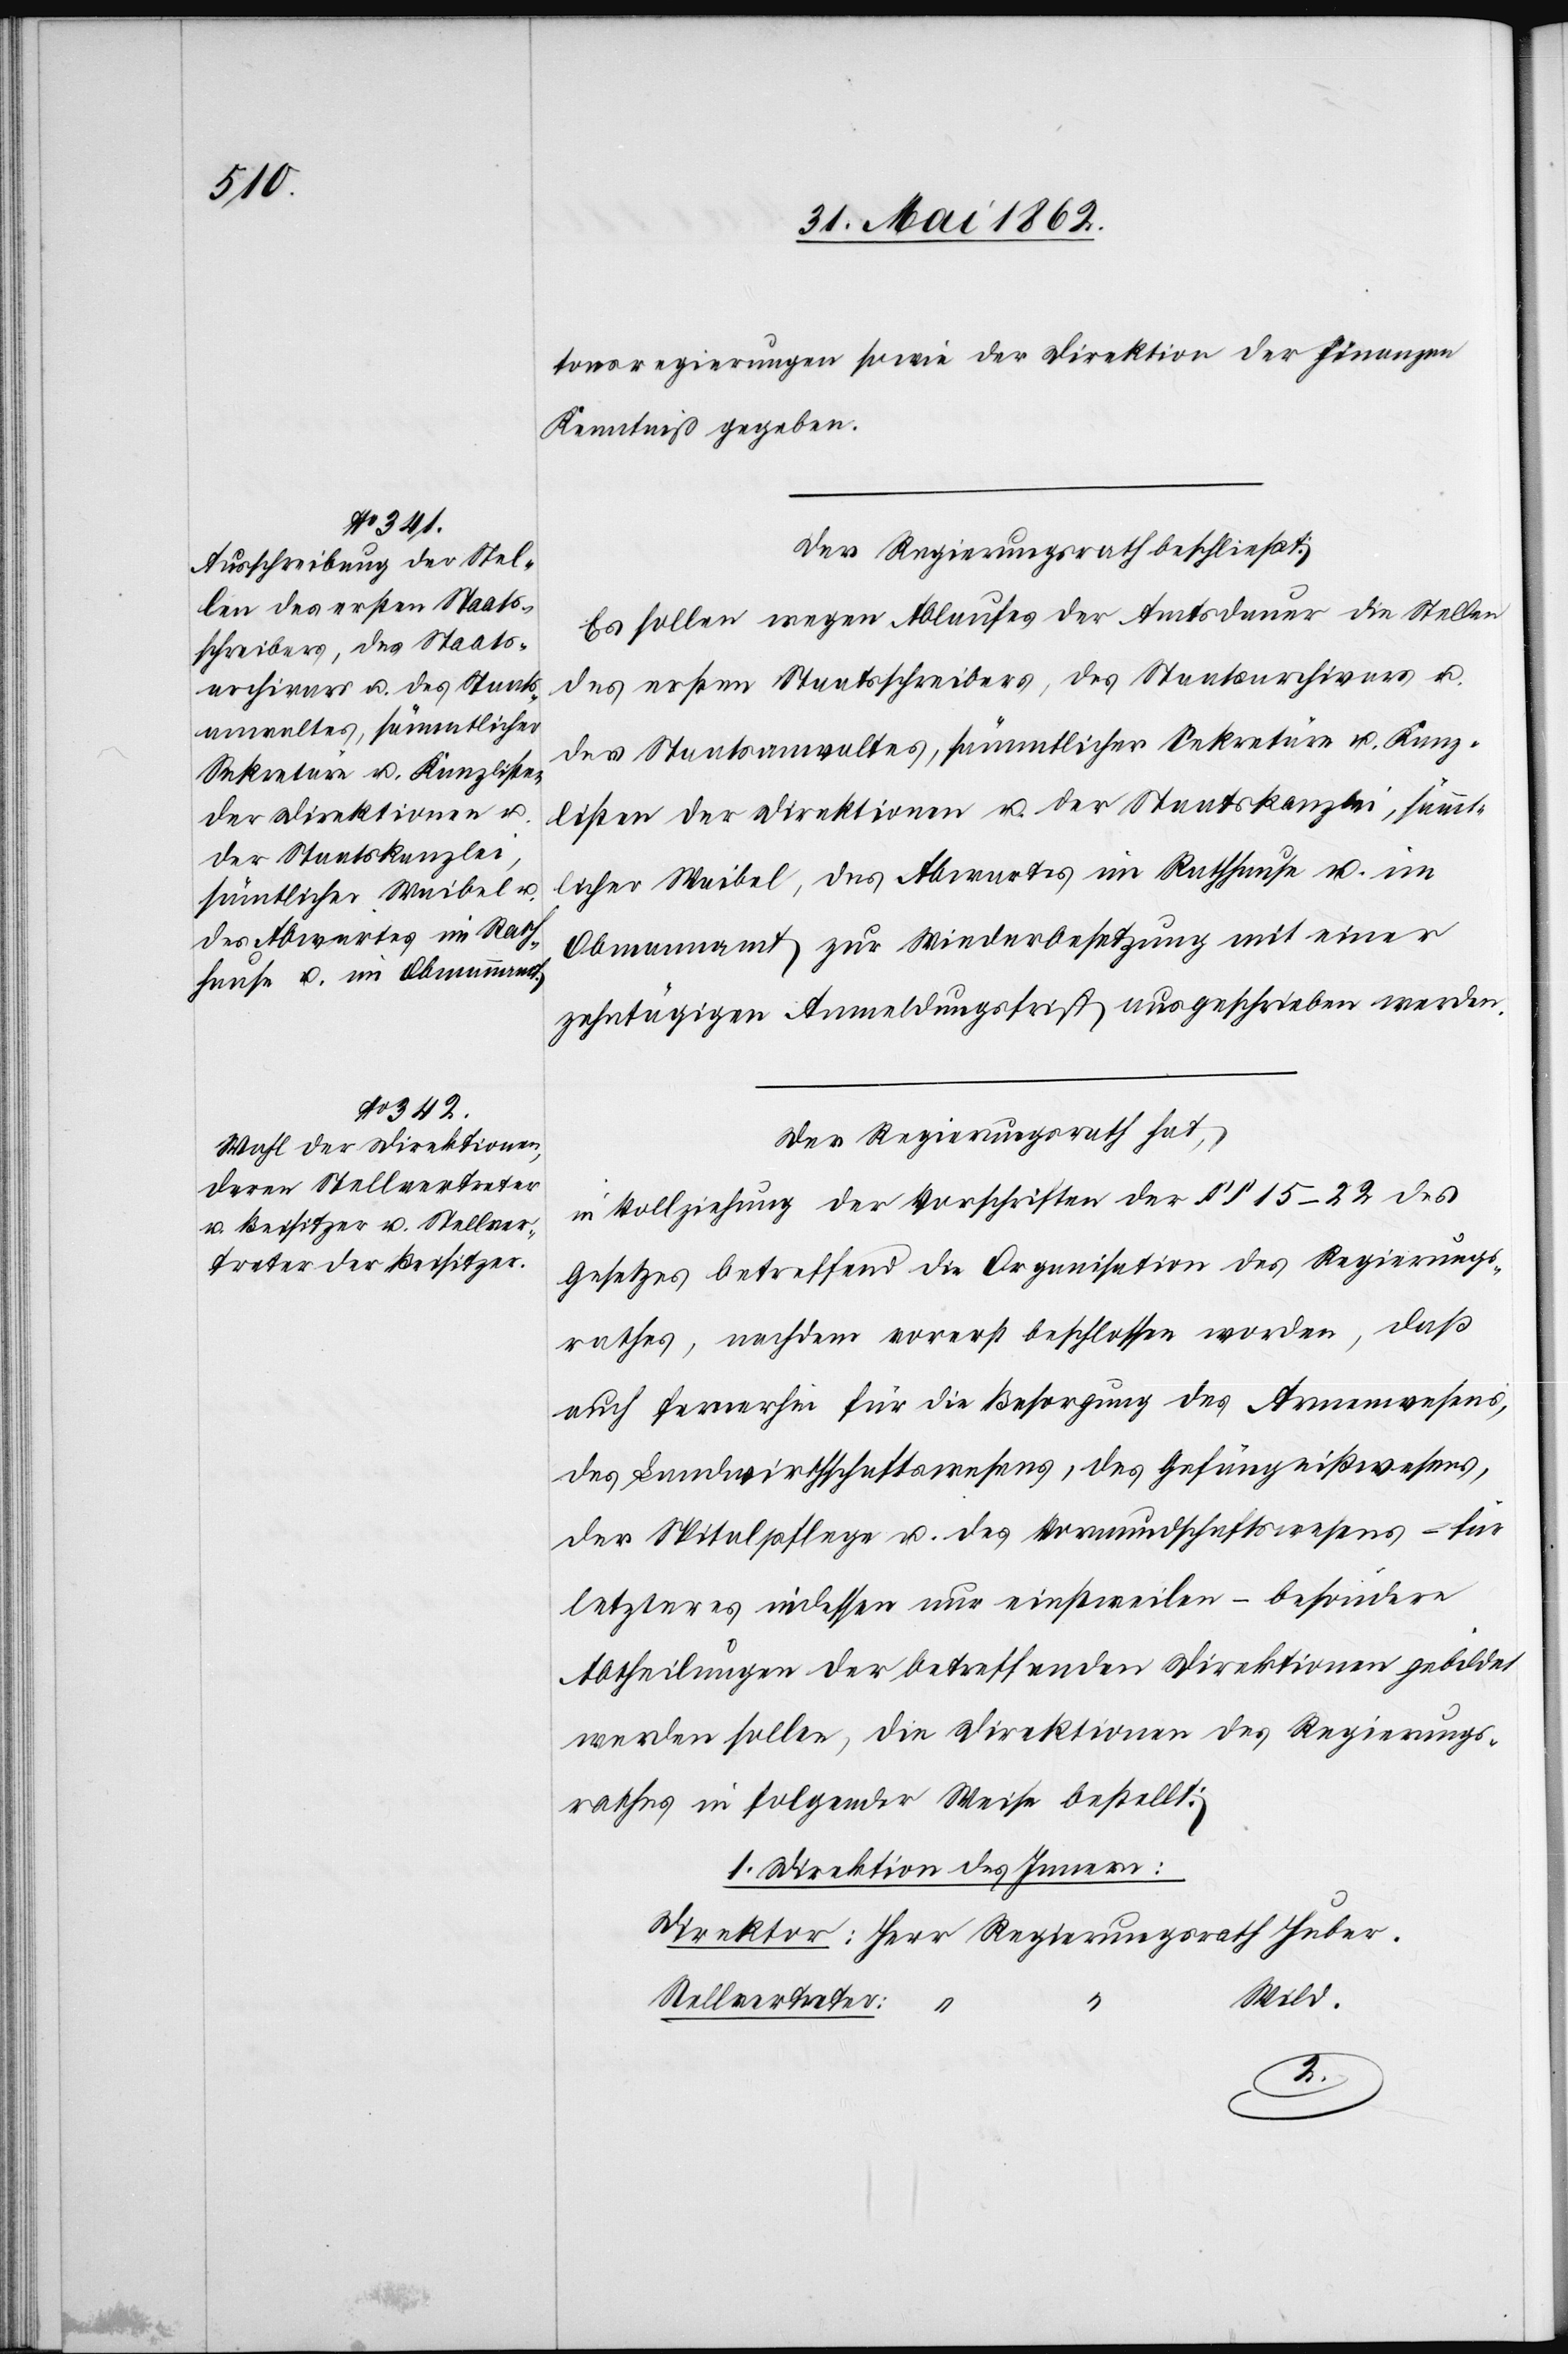
tonsregierungen sowie der Direktion der Finanzen
Kenntniß gegeben.
Der Regierungsrath beschließt:
Es sollen wegen Ablaufes der Amtsdauer die Stellen
des ersten Staatsschreibers, des Staatsarchivars u.
des Staatsanwaltes, sämmtlicher Sekretäre u. Kanz¬
listen der Direktionen u. der Staatskanzlei, sämmt¬
licher Waibel, des Abwartes im Rathhause u. im
Obmannamt zur Wiederbesetzung mit einer
zehntägigen Anmeldungsfrist ausgeschrieben werden.
Der Regierungsrath hat,
in Vollziehung der Vorschriften der §§ 15–22 des
Gesetzes betreffend die Organisation des Regierungs¬
rathes, nachdem vorerst beschlossen worden, daß
auch fernerhin für die Besorgung des Armenwesens,
des Landwirthschaftswesens, des Gefängnißwesens,
der Spitalpflege u. des Vormundschaftswesens – für
letzteres indessen nur einstweilen –besondere
Abtheilungen der betreffenden Direktionen gebildet
werden sollen, die Direktionen des Regierungs¬
rathes in folgender Weise bestellt:
1. Direktion des Innern:
Wild.
Stellvertreter:
“